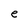
Character: e